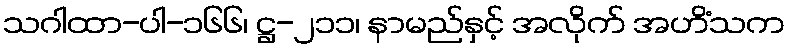
သဂါထာ-ပါ-၁၆၆၊ ဋ္ဌ-၂၁၁၊ နာမည်နှင့် အလိုက် အဟိံသက